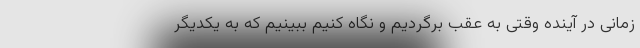
زمانی در آینده وقتی به عقب برگردیم و نگاه کنیم ببینیم که به یکدیگر